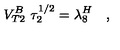
V _ { T 2 } ^ { B } \ \tau _ { 2 } ^ { 1 / 2 } = \lambda _ { 8 } ^ { H } \quad ,